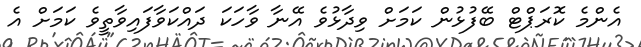
އެންމެ ކޮރަޕްޓް ބޭފުޅުން ކަމަށް ވިދާޅުވެ އޭނާ ވާހަކަ ދައްކަވާފައިވާތީވެ ކަަމަށް އެ